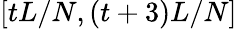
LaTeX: [tL/N,(t+3)L/N]